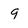
Character: 9